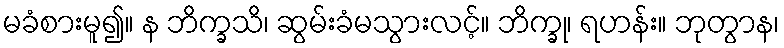
မခံစားမူ၍။ န ဘိက္ခသိ၊ ဆွမ်းခံမသွားလင့်။ ဘိက္ခု၊ ရဟန်း။ ဘုတွာန၊